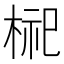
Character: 𪲢